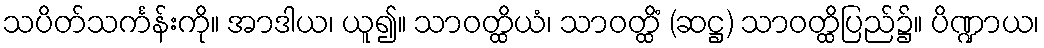
သပိတ်သင်္ကန်းကို။ အာဒါယ၊ ယူ၍။ သာဝတ္ထိယံ၊ သာဝတ္ထိံ (ဆဋ္ဌ) သာဝတ္ထိပြည်၌။ ပိဏ္ဍာယ၊